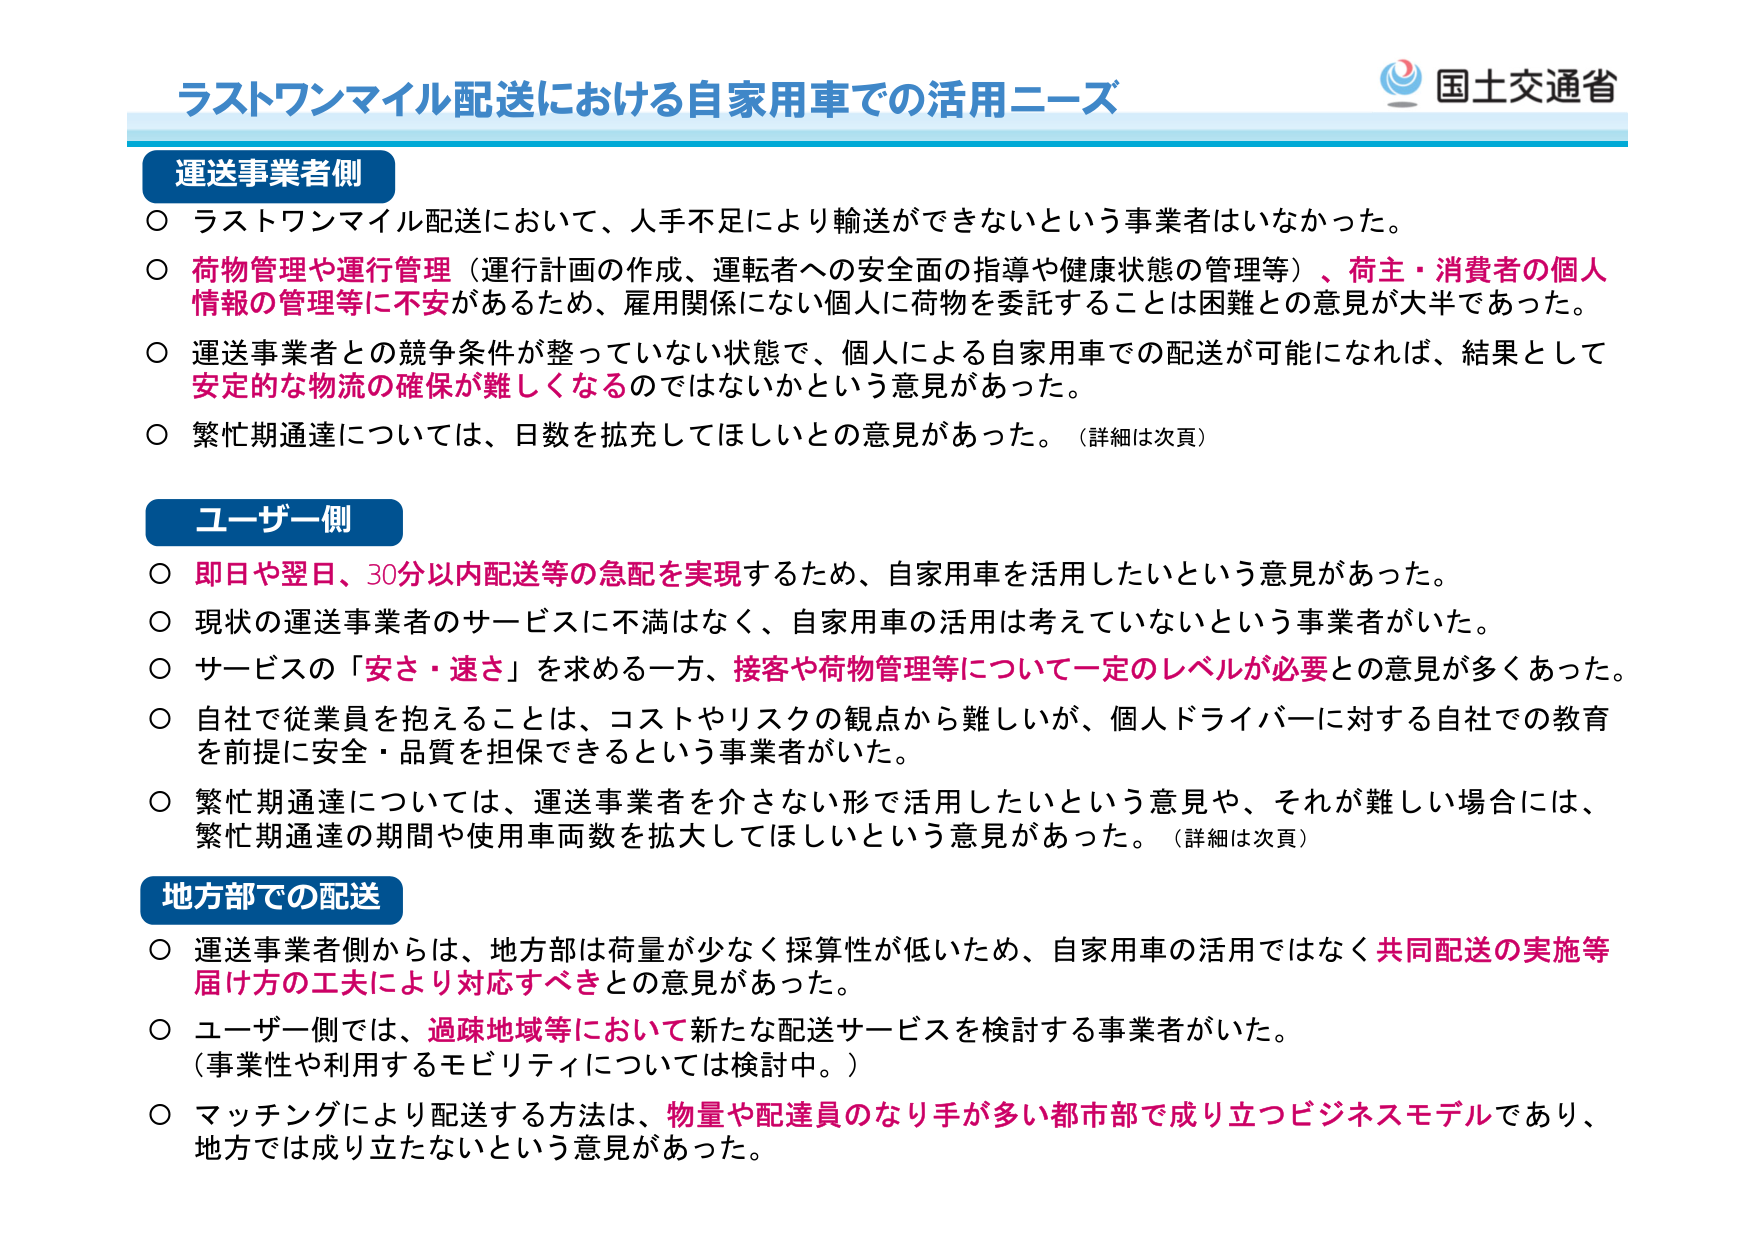
ラストワンマイル配送における自家用車での活用ニーズ
国土交通省

運送事業者側
○ ラストワンマイル配送において、人手不足により輸送ができないという事業者はいなかった。
○ 荷物管理や運行管理（運行計画の作成、運転者への安全面の指導や健康状態の管理等）、荷主・消費者の個人情報の管理等に不安があるため、雇用関係にない個人に荷物を委託することは困難との意見が大半であった。
○ 運送事業者との競争条件が整っていない状態で、個人による自家用車での配送が可能になれば、結果として安定的な物流の確保が難しくなるのではないかという意見があった。
○ 繁忙期通達については、日数を拡充してほしいとの意見があった。（詳細は次頁）

ユーザー側
○ 即日や翌日、30分以内配送等の急配を実現するため、自家用車を活用したいという意見があった。
○ 現状の運送事業者のサービスに不満はなく、自家用車の活用は考えていないという事業者がいた。
○ サービスの「安さ・速さ」を求める一方、接客や荷物管理等について一定のレベルが必要との意見が多くあった。
○ 自社で従業員を抱えることは、コストやリスクの観点から難しいが、個人ドライバーに対する自社での教育を前提に安全・品質を担保できるという事業者がいた。
○ 繁忙期通達については、運送事業者を介さない形で活用したいという意見や、それが難しい場合には、繁忙期通達の期間や使用車両数を拡大してほしいという意見があった。（詳細は次頁）

地方部での配送
○ 運送事業者側からは、地方部は荷量が少なく採算性が低いため、自家用車の活用ではなく共同配送の実施等届け方の工夫により対応すべきとの意見があった。
○ ユーザー側では、過疎地域等において新たな配送サービスを検討する事業者がいた。
（事業性や利用するモビリティについては検討中。）
○ マッチングにより配送する方法は、物量や配達員のなり手が多い都市部で成り立つビジネスモデルであり、地方では成り立たないという意見があった。